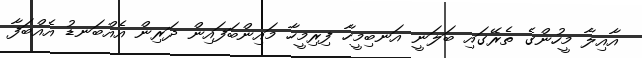
އާއިލާ މީހުންގެ ތެރޭގައި ބަލަނީ އަނބިމީހާ ފިރިމީހާ މައިންބަފައިން ދަރިން އެއްބަނޑު އެއްބަފާ